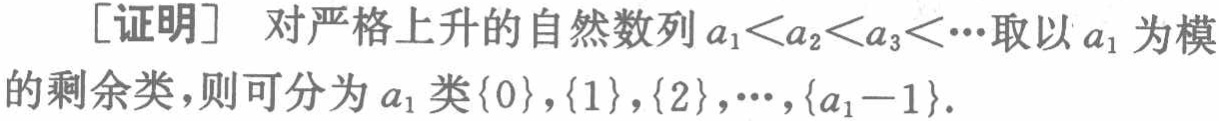
[证明] 对严格上升的自然数列\(a_{1}<a_{2}<a_{3}<\cdots\)取以\(a_{1}\)为模的剩余类，则可分为\(a_{1}\)类\(\{0\},\{1\},\{2\},\cdots,\{a_{1}-1\}\).